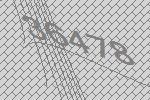
36478